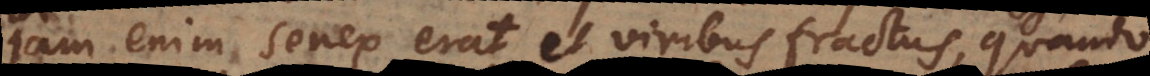
Jam enim senex erat et viribus fractus, quando